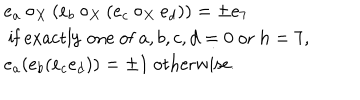
\begin{array} { l } { { e _ { a } \circ _ { X } ( e _ { b } \circ _ { X } ( e _ { c } \circ _ { X } e _ { d } ) ) = \pm e _ { 7 } } } \\ { { \mathrm { ~ i f ~ e x a c t l y ~ o n e ~ o f ~ } a , b , c , d = 0 \mathrm { ~ o r ~ } h = 7 , } } \\ { { e _ { a } ( e _ { b } ( e _ { c } e _ { d } ) ) = \pm 1 \mathrm { ~ o t h e r w i s e . ~ } } } \\ \end{array}